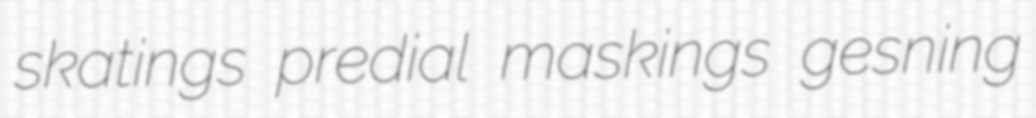
skatings predial maskings gesning